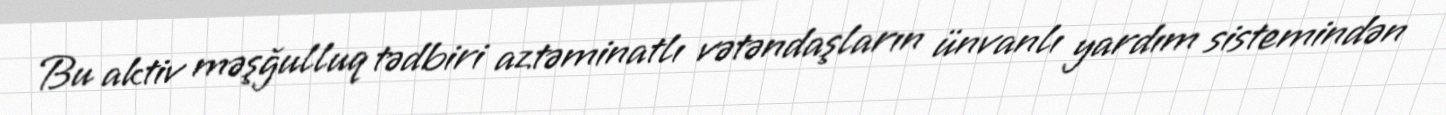
Bu aktiv məşğulluq tədbiri aztəminatlı vətəndaşların ünvanlı yardım sistemindən